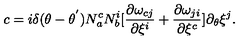
c = i { \delta } ( \theta - { \theta } ^ { ' } ) N _ { a } ^ { c } N _ { b } ^ { i } [ \frac { { \partial } { \omega } _ { c j } } { { \partial { \xi } ^ { i } } } + \frac { { \partial } { \omega } _ { j i } } { { \partial { \xi } ^ { c } } } ] \partial _ { \theta } { \xi } ^ { j } .